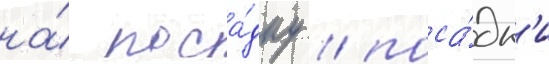
на́ поса́дку / поса́дк'и